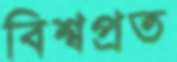
বিশ্বপ্রত